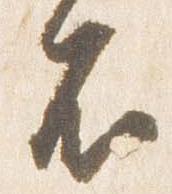
不